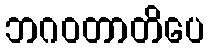
ဘဂဝတာတိပေ